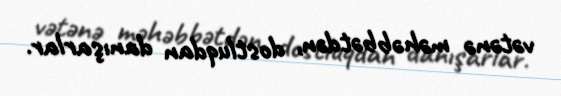
vətənə məhəbbətdən, dostluqdan danışarlar.